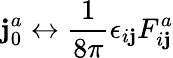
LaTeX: \mathbf{j}_{0}^{a}\leftrightarrow\frac{{1}}{{8\pi}}\epsilon_{i\mathbf{j}}F_{i\mathbf{j}}^{a}